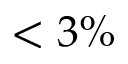
< 3 \%